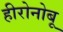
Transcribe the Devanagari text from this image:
हीरोनोबू